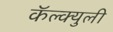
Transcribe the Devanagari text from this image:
कॅल्क्युली